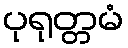
ပုရုတ္တမံ